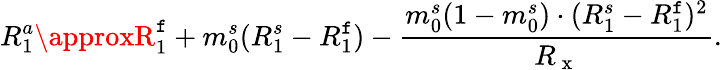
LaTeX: R_{1}^{a}\approxR_{1}^{\mathtt{f}}+m_{0}^{s}(R_{1}^{s}-R_{1}^{\mathtt{f}})-\frac{{m_{0}^{s}(1-m_{0}^{s})\cdot(R_{1}^{s}-R_{1}^{\mathtt{f}})^{2}}}{{R_{\mathrm{{~x~}}}}}.